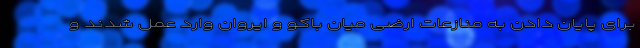
برای پایان دادن به منازعات ارضی میان باکو و ایروان وارد عمل شدند و